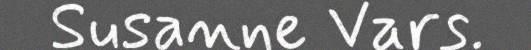
Susanne Vars.